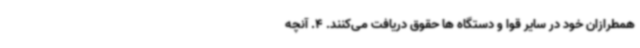
همطرازان خود در سایر قوا و دستگاه ها حقوق دریافت می‌کنند. 4. آنچه